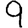
Digit: 9